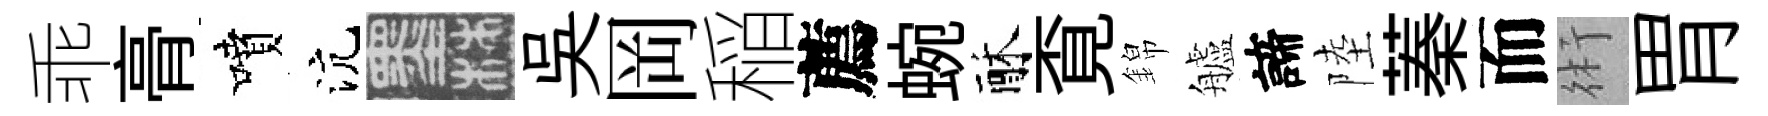
乖𮌔噴沆墨吳岡稲薦蜿酥覔錦艫諦陸蓁而術胃